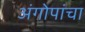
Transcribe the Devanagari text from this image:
अंगोपांचा